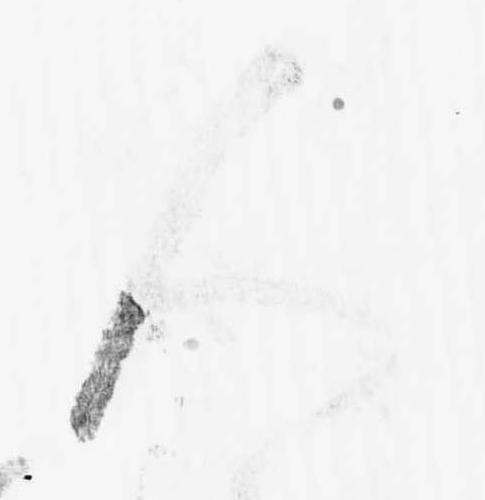
人